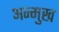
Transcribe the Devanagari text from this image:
अन्मुख